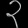
Digit: ၃